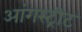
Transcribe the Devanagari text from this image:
आंगस्ट्रीट